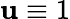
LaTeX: \mathbf{u}\equiv1